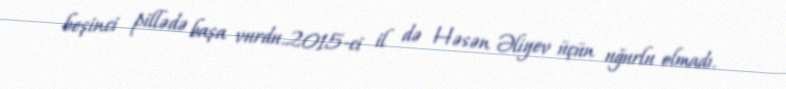
beşinci pillədə başa vurdu.2015-ci il də Həsən Əliyev üçün uğurlu olmadı.